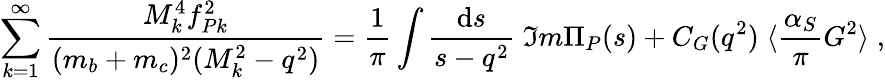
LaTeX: \sum_{k=1}^{\infty}\frac{M_{k}^{4}f_{Pk}^{2}}{(m_{b}+m_{c})^{2}(M_{k}^{2}-q^{2})}=\frac{1}{\pi}\int\frac{\mathrm{d}s}{s-q^{2}}\; \Im m\Pi_{P}(s)+C_{G}(q^{2})\; \langle\frac{\alpha_{S}}{\pi}G^{2}\rangle\; ,